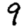
Digit: 9